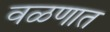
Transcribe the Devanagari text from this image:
वळणात